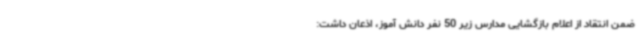
ضمن انتقاد از اعلام بازگشایی مدارس زیر 50 نفر دانش آموز، اذعان داشت: